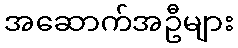
အဆောက်အဦများ